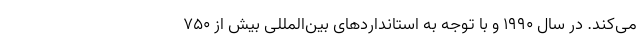
می‌کند. در سال 1990 و با توجه به استانداردهای بین‌المللی بیش از 750